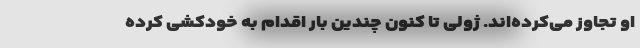
او تجاوز می‌کرده‌اند. ژولی تا کنون چندین بار اقدام به خودکشی کرده